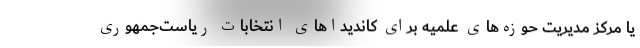
یا مرکز مدیریت حوزه‌های علمیه برای کاندیداهای انتخابات ریاست‌جمهوری